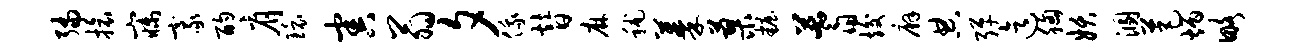
编旅寐豪酌肩环害翁夕俄替麻秫蓁蓼妆蓍竣廨典弹迄胸妖溷芭炳略